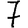
Digit: 7